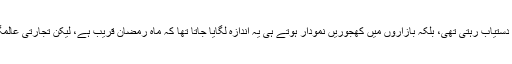
چند دہائیاں قبل تک یہ شیرین غذ ازیادہ تر اسی مبارک مہینے کے دوران کشمیر میں دستیاب رہتی تھی، بلکہ بازاروں میں کھجوریں نمودار ہوتے ہی یہ اندازہ لگایا جاتا تھا کہ ماہ رمضان قریب ہے، لیکن تجارتی عالمگیریت کے بعد اب سال کے سال یہ شرین پھل ہر جگہ سٹوروں میں دستیاب رہتا ہے۔